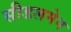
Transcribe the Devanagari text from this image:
सीडलमेन